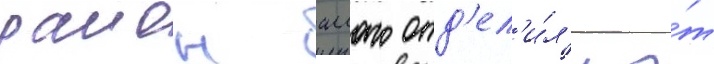
раион аллаго отд'ел'и́л'и о́т